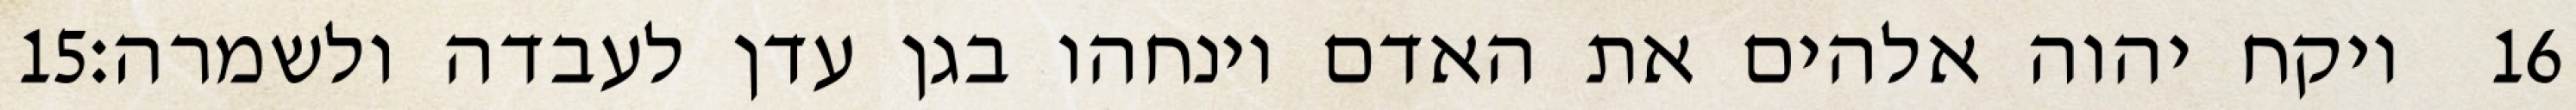
‎15‏ ויקח יהוה אלהים את האדם וינחהו בגן עדן לעבדה ולשמרה׃ ‎16‏